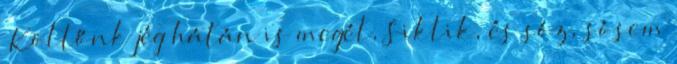
„Költőnk jég hátán is megél, Siklik, és sóz, sósem